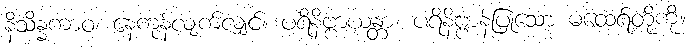
နိသိန္နကာဝ၊ နေကုန်လျက်လျှင်။ ပရိနိဗ္ဗာယန္တာ၊ ပရိနိဗ္ဗာန်ပြုသော မထေရ်တို့ကို။